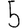
Digit: 5